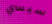
سيسي